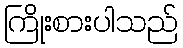
ကြိုးစားပါသည်